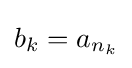
b_{k}=a_{n_{k}}